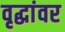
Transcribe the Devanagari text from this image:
वृद्धांवर